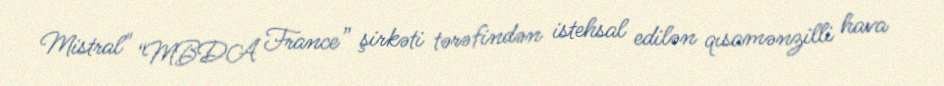
Mistral" “MBDA France” şirkəti tərəfindən istehsal edilən qısamənzilli hava